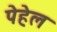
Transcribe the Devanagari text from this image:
पेहेल